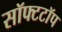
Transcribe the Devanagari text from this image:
सॉफ्टटॉप